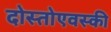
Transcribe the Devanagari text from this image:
दोस्तोएवस्की